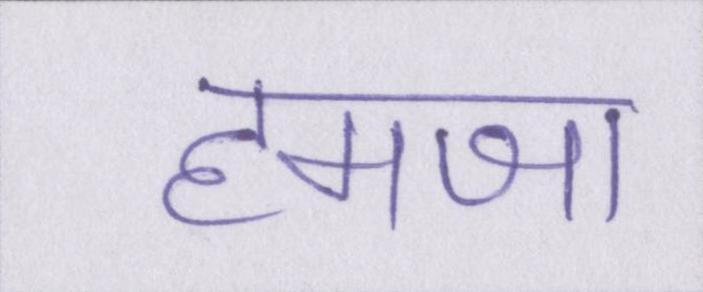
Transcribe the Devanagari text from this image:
हमजा